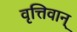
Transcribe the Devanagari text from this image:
वृत्तिवान्